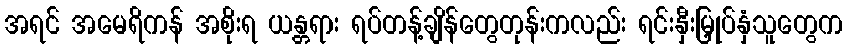
အရင် အမေရိကန် အစိုးရ ယန္တရား ရပ်တန့်ချိန်တွေတုန်းကလည်း ရင်းနှီးမြှုပ်နှံသူတွေက